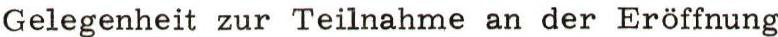
Gelegenheit zur Teilnahme an der Eröffnung